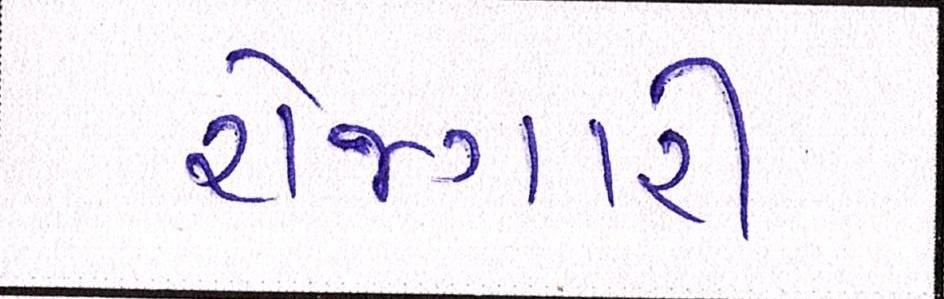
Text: રોજગારી